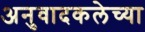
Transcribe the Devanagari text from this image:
अनुवादकलेच्या